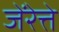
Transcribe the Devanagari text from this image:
जेंरेत्ते